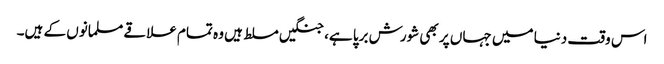
اس وقت دنیا میں جہاں پر بھی شورش برپا ہے، جنگیں مسلط ہیں وہ تمام علاقے مسلمانوں کے ہیں۔